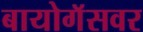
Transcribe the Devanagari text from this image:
बायोगॅसवर